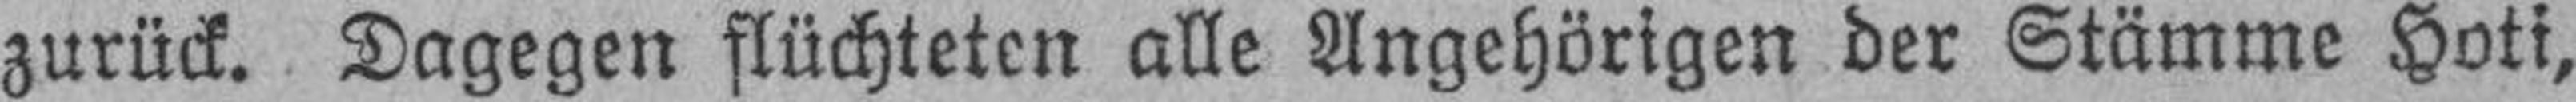
zurück. Dagegen flüchteten alle Angehörigen der Stämme Hoti,